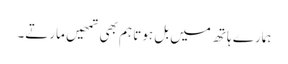
ہمارے ہاتھ میں بل ہوتا ہم بھی تمھیں مارتے۔